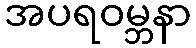
အပရဝမ္ဘနာ